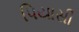
પિયાસી